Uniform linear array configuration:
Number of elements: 16
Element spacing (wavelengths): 0.75
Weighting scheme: kaiser
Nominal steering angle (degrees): -30
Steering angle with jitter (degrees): -31.571
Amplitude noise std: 0.05
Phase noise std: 0.05

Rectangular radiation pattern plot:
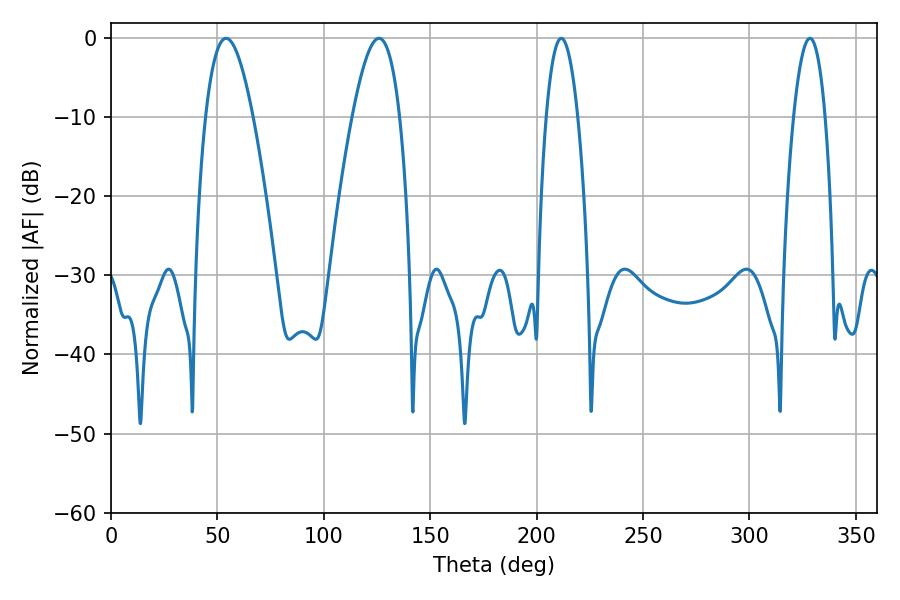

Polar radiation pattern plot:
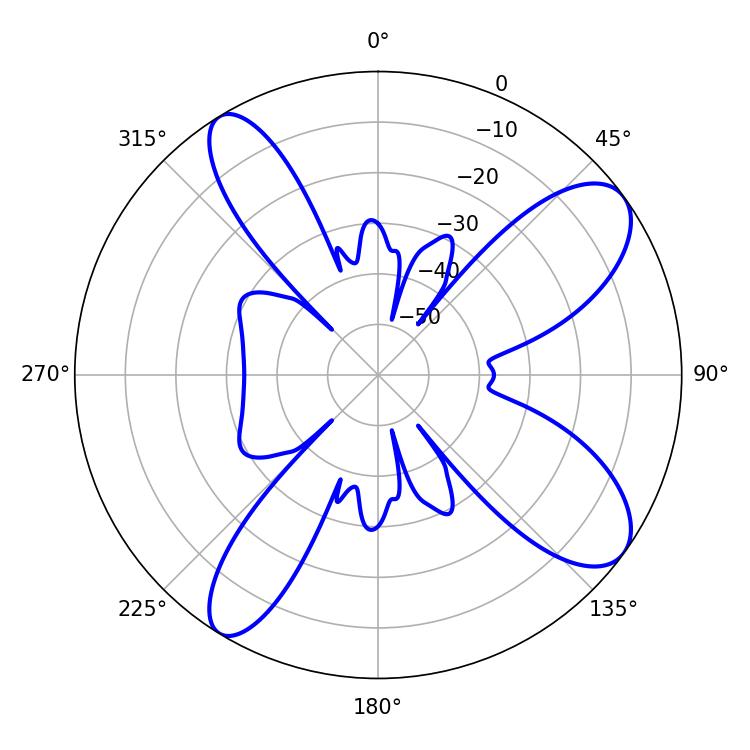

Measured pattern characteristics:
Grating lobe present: TRUE
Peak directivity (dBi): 9.766
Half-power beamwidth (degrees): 12.24
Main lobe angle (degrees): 54